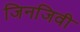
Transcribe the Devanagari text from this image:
जिनजिवी